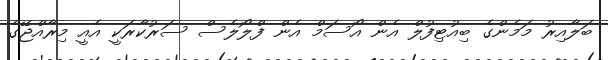
ބަލާއިރު މަމެންގެ ބިއުޓިފުލް އެން އޯސަމް އެން ފްލޯލެސް ސަރުކާރަކީ އެއީ މިރާއްޖޭގެ